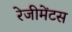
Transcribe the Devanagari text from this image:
रेजीमेंटस